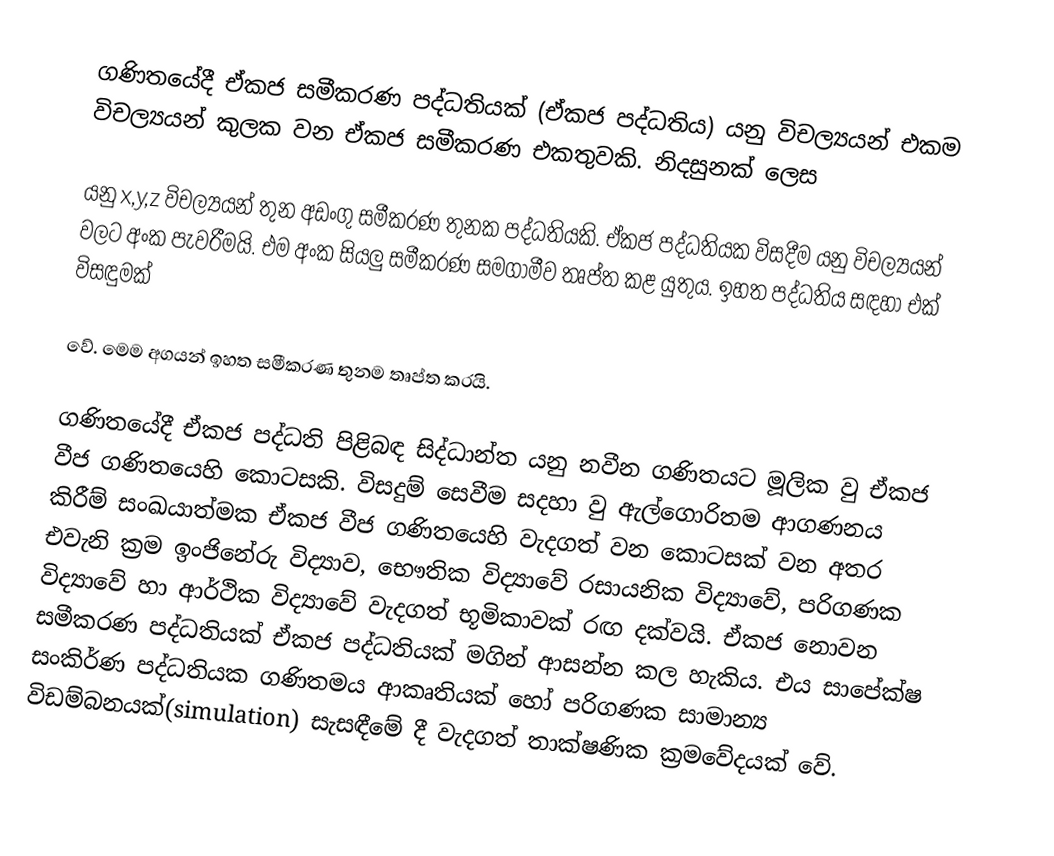
ගණිතයේදී ඒකජ සමීකරණ පද්ධතියක් (ඒකජ පද්ධතිය) යනු විචල්‍යයන් එකම විචල්‍යයන් කුලක වන ඒකජ සමීකරණ එකතුවකි. නිදසුනක් ලෙස

යනු x,y,z විචල්‍යයන් තුන අඩංගු සමීකරණ තුනක පද්ධතියකි. ඒකජ පද්ධතියක විසදීම යනු විචල්‍යයන් වලට අංක පැවරීමයි. එම අංක සියලු සමීකරණ සමගාමීව තෘප්ත කළ යුතුය. ඉහත පද්ධතිය සඳහා එක් විසඳුමක්

වේ. මෙම අගයන් ඉහත සමීකරණ තුනම තෘප්ත කරයි.

ගණිතයේදී ඒකජ පද්ධති පිළිබඳ සිද්ධාන්ත යනු නවීන ගණිතයට මූලික වු ඒකජ වීජ  ගණිතයෙහි කොටසකි. විසදුම් සෙවීම සදහා වු ඇල්ගොරිතම ආගණනය කිරීම් සංඛයාත්මක ඒකජ වීජ ගණිතයෙහි වැදගත් වන කොටසක් වන අතර එවැනි ක්‍රම ඉංජිනේරු විද්‍යාව, භෞතික විද්‍යාවේ රසායනික විද්‍යාවේ, පරිගණක විද්‍යාවේ හා ආර්ථික විද්‍යාවේ වැදගත් භූමිකාවක් රඟ දක්වයි. ඒකජ නොවන සමීකරණ පද්ධතියක් ඒකජ පද්ධතියක් මගින් ආසන්න කල හැකිය. එය සාපේක්ෂ සංකිර්ණ  පද්ධතියක ගණිතමය ආකෘතියක් හෝ පරිගණක සාමාන්‍ය විඩම්බනයක්(simulation) සැසඳීමේ දී  වැදගත් තාක්ෂණික ක්‍රමවේදයක් වේ.